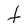
Character: f